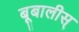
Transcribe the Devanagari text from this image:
बूबालीस्